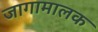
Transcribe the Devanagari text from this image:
जागामालक